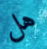
هل